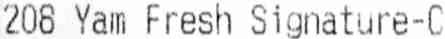
208 YAM FRESH SIGNATURE-C